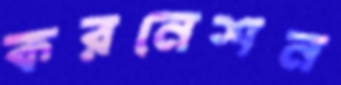
করনেশন